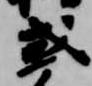
或